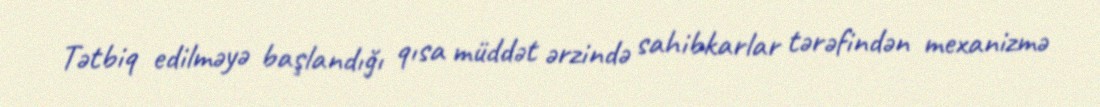
Tətbiq edilməyə başlandığı qısa müddət ərzində sahibkarlar tərəfindən mexanizmə